Report of the King Institute of Preventive Medicine, Guindy
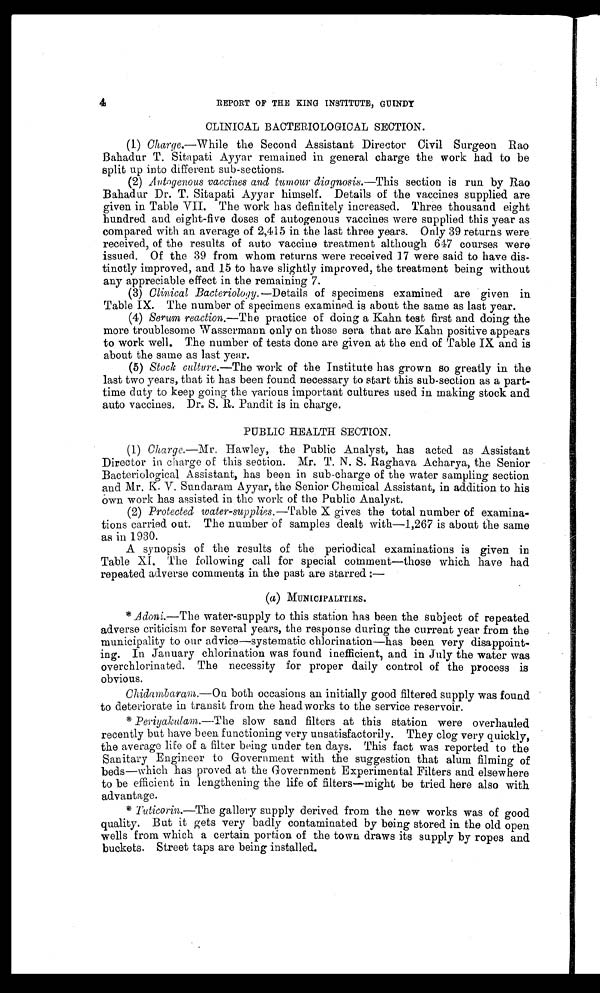
4
REPORT OF THE KING INSTITUTE, GUINDY
CLINICAL BACTERIOLOGICAL SECTION.
(1)
Charge .—While the Second Assistant Director Civil Surgeon Rao
Bahadur T. Sitapati Ayyar remained in general charge the work had to be
split up into different sub-sections.
(2)
Autovenous vaccines and tumour diagnosis .—This section is run by Rao
Bahadur Dr. T. Sitapati Ayyar himself. Details of the vaccines supplied are
given in Table VII. The work has definitely increased. Three thousand eight
hundred and eight-five doses of autogenous vaccines were supplied this year as
compared with an average of 2,415 in the last three years. Only 39 returns were
received, of the results of auto vaccine treatment although 647 courses were
issued. Of the 39 from whom returns were received 17 were said to have dis
- t i n c t l y i m p r o v e d , a n d 1 5 t o h a v e s l i g h t l y i m p r o v e d , t h e t r e a t m e n t b e i n g w i t h o u t
any appreciable effect in the remaining 7.
(3)
Clinical Bacteriology .—Details of specimens examined are given in
Table IX. The number of specimens examined is about the same as last year.
(4)
Serum reaction .—The practice of doing a Kahn test first and doing the
more troublesome Wassermann only on those sera that are Kahn positive appears
to work well. The number of tests done are given at the end of Table IX and is
about the same as last year.
(5)
Stock culture .—The work of the Institute has grown so greatly in the
last two years, that it has been found necessary to start this sub-section as a part
- t i m e d u t y t o k e e p g o i n g t h e v a r i o u s i m p o r t a n t c u l t u r e s u s e d i n m a k i n g s t o c k a n d
auto vaccines. Dr. S. R. Pandit is in charge.
PUBLIC HEALTH SECTION.
(1)
Charge .—Mr. Hawley, the Public Analyst, has acted as Assistant
Director in charge of this section. Mr. T. N. S. Raghava Acharya, the Senior
Bacteriological Assistant, has been in sub-charge of the water sampling section
and Mr. K. V. Sundaram Ayyar, the Senior Chemical Assistant, in addition to his
o w n w o r k h a s a s s i s t e d i n t h e w o r k o f t h e P u b l i c A n a l y s t .
(2)
Protected water-supplies .—Table X gives the total number of examina
- t i o n s c a r r i e d o u t . T h e n u m b e r o f s a m p l e s d e a l t w i t h — 1 , 2 6 7 i s a b o u t t h e s a m e
as in 1930.
A synopsis of the results of the periodical examinations is given in
Table XI. The following call for special comment—those which have had
repeated adverse comments in the past are starred :
—
( a ) MUNICIPALITIES.
* Adoni.—The water-supply to this station has been the subject of repeated
adverse criticism for several years, the response during the current year from the
municipality to our advice—systematic chlorination—has been very disappoint
-ing. In January chlorination was found inefficient, and in July the water was
overchlorinated. The necessity for proper daily control of the process is
obvious.
Chidambaram.—On both occasions an initially good filtered supply was found
to deteriorate in transit from the head works to the service reservoir.
* Periyakulam .—The slow sand filters at this station were overhauled
recently but have been functioning very unsatisfactorily. They clog very quickly,
the average life of a filter being under ten days. This fact was reported to the
Sanitary Engineer to Government with the suggestion that alum filming of
beds—which has proved at the Government Experimental Filters and elsewhere
to be efficient in lengthening the life of filters—might be tried here also with
advantage.
* Tuticorin .—The gallery supply derived from the new works was of good
quality. But it gets very badly contaminated by being stored in the old open
wells from which a certain portion of the town draws its supply by ropes and
buckets. Street taps are being installed.